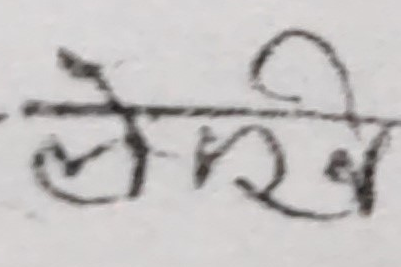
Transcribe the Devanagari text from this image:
लेखि